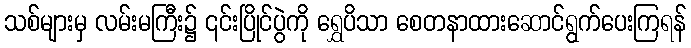
သစ်များမှ လမ်းမကြီး၌ ၎င်းပြိုင်ပွဲကို ရွှေပိသာ စေတနာထားဆောင်ရွက်ပေးကြရန်